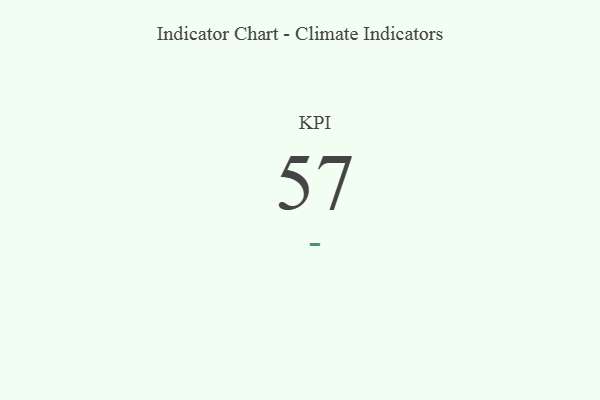
{"axis": {"x": "KPI", "y": "Value"}, "legend": [""], "data": [{"x": "KPI", "y": 57, "type": ""}]}